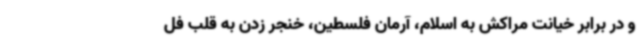
و در برابر خیانت مراکش به اسلام، آرمان فلسطین، خنجر زدن به قلب فل